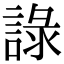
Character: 𧨹